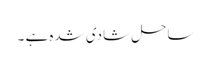
ساحل شادی شدہ ہے ۔